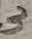
Text: 3